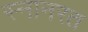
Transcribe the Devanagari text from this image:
स्नानरत